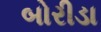
બોરીડા